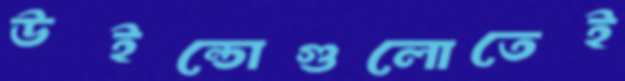
উইন্ডোগুলোতেই